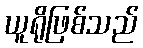
ယူရိုဖြစ်သည်